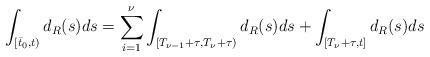
LaTeX: \begin{align*} \int_{[\bar{t}_0,t)}d_R(s)ds=\sum_{i=1}^{\nu}\int_{[T_{\nu-1}+\tau,T_{\nu}+\tau)}d_R(s)ds+\int_{[T_{\nu}+\tau,t]}d_R(s)ds\end{align*}